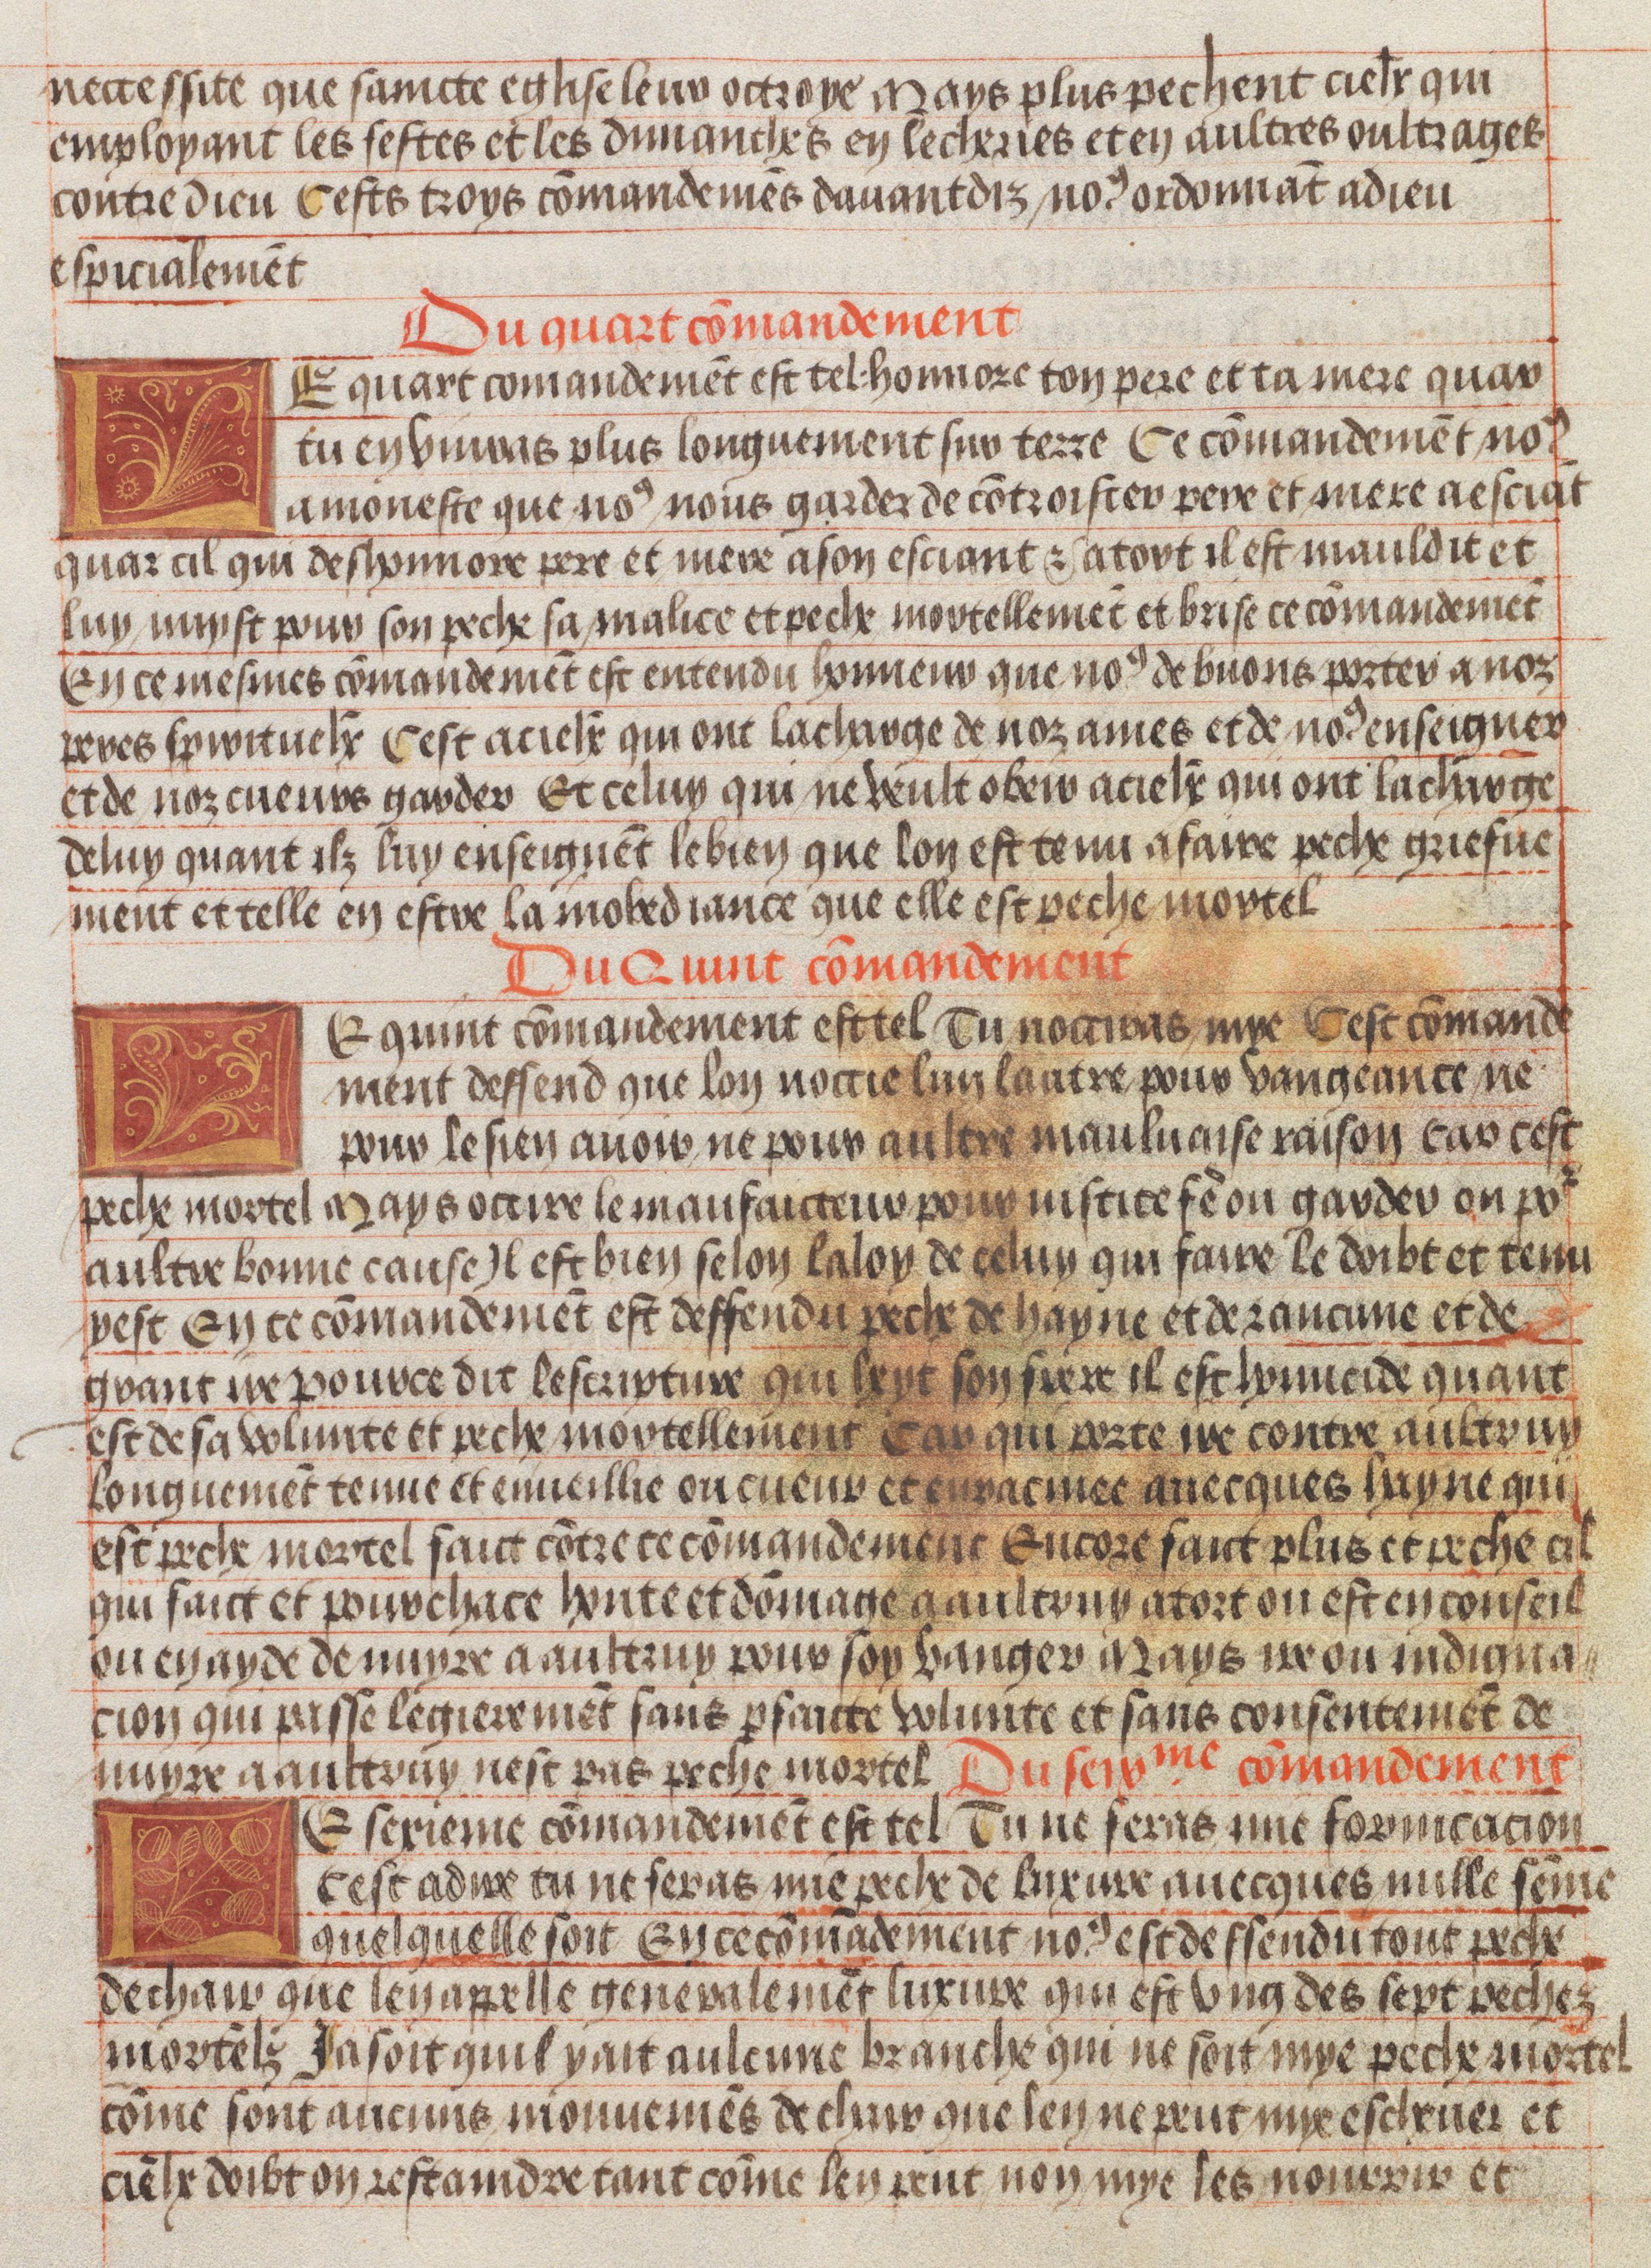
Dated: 1450–1475